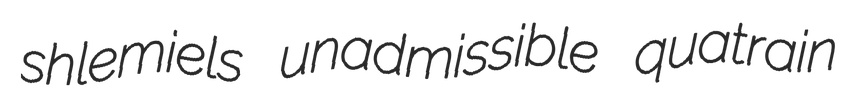
shlemiels unadmissible quatrain